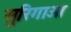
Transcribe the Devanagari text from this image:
सुरिगाओ